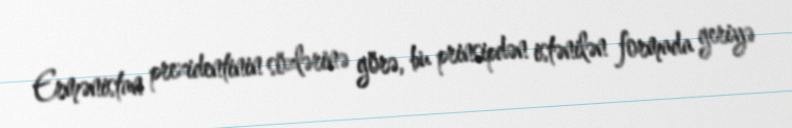
Ermənistan prezidentinin sözlərinə görə, bu prinsipdən istənilən formada geriyə